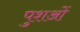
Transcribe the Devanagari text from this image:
पुशओं